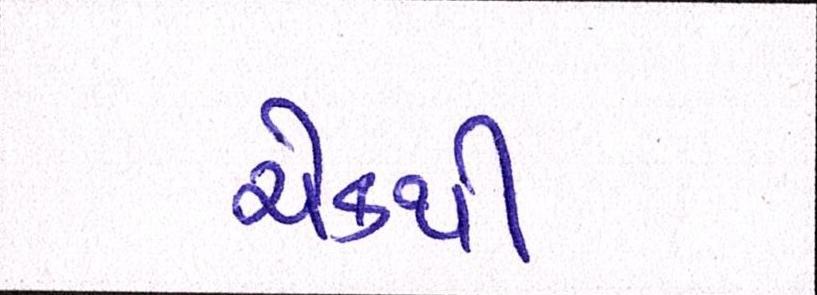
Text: ચેકથી